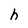
Character: h